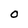
Character: O